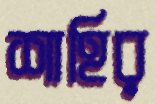
শাহির